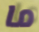
ما